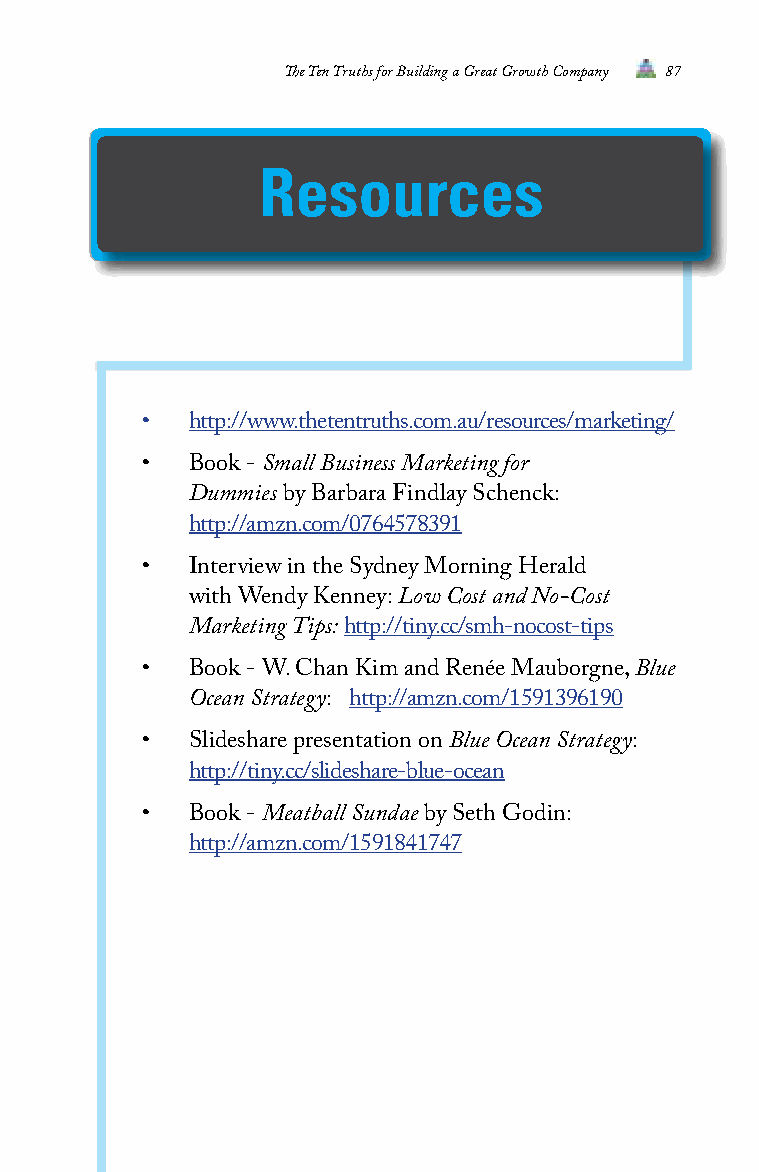
The Ten Truths for Building a Great Growth Company 87
 Resources
 •   http://www.thetentruths.com.au/resources/marketing/
 •   Book - Small Business Marketing for
 Dummies by Barbara Findlay Schenck:
 http://amzn.com/0764578391
 •   Interview in the Sydney Morning Herald
 with Wendy Kenney: Low Cost and No-Cost
 Marketing Tips: http://tiny.cc/smh-nocost-tips
 •   Book - W. Chan Kim and Renée Mauborgne, Blue
 Ocean Strategy: http://amzn.com/1591396190
 •   Slideshare presentation on Blue Ocean Strategy:
 http://tiny.cc/slideshare-blue-ocean
 •   Book - Meatball Sundae by Seth Godin:
 http://amzn.com/1591841747